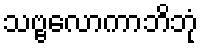
သဗ္ဗလောကာဘိဘုံ